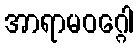
အာရာမဝဂ္ဂေါ